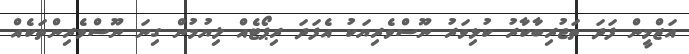
އަޒްމީން ފަދަ ތަޖުރިބާކާރު ކުޅިވަރު ނޫސްވެރިޔަކު އެފަދަ ރިޕޯޓެއް ލިޔުމުން ގިނަ ނޫސްވެރިންތަކެއް